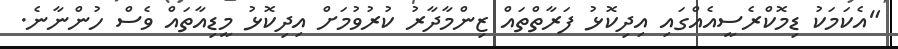
"އެކަމަކު ޑިމޮކްރެސީއެއްގައި އިދިކޮޅު ފަރާތްތައް ޒިންމާދާރު ކުރުވުމަށް އިދިކޮޅު މީޑިއާތައް ވެސް ހުންނާނެ.